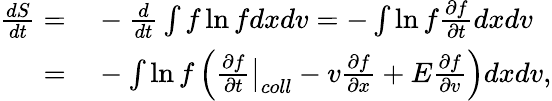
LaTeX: \begin{array}{rl}{\frac{dS}{dt}=}&{{}-\frac{d}{dt}\int f\ln fdxdv=-\int\ln f\frac{\partial f}{\partial t}dxdv}\\ {=}&{{}-\int\ln f\left(\frac{\partial f}{\partial t}\bigr\rvert_{coll}-v\frac{\partial f}{\partial x}+E\frac{\partial f}{\partial v}\right)dxdv,}\end{array}